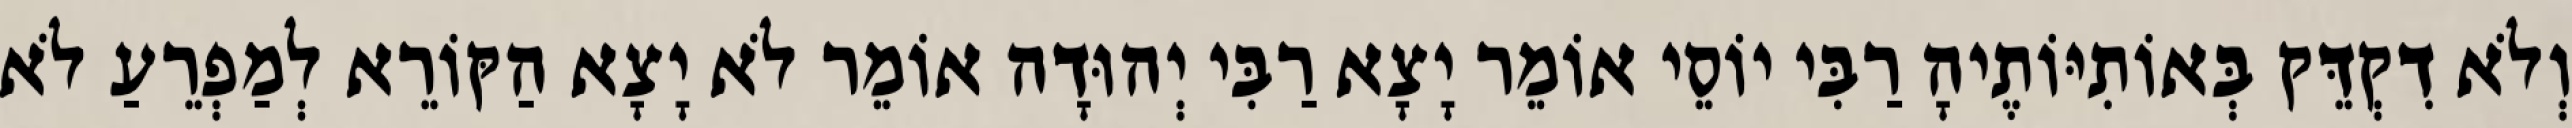
וְלֹא דִקְדֵּק בְּאוֹתִיּוֹתֶיהָ רַבִּי יוֹסֵי אוֹמֵר יָצָא רַבִּי יְהוּדָה אוֹמֵר לֹא יָצָא הַקּוֹרֵא לְמַפְרֵעַ לֹא